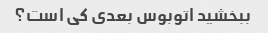
ببخشید اتوبوس بعدی کی است؟